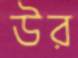
উর